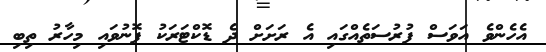
އެހެންވެ އަވަސް ފުރުސަތެއްގައި އެ ރަށަށް ދެ ޑޮކްޓަރަކު ފޮނުވައި މިހާރު ތިބި